Annual administration report of the Civil Veterinary Department of India - 1907-1908
Year: 1907
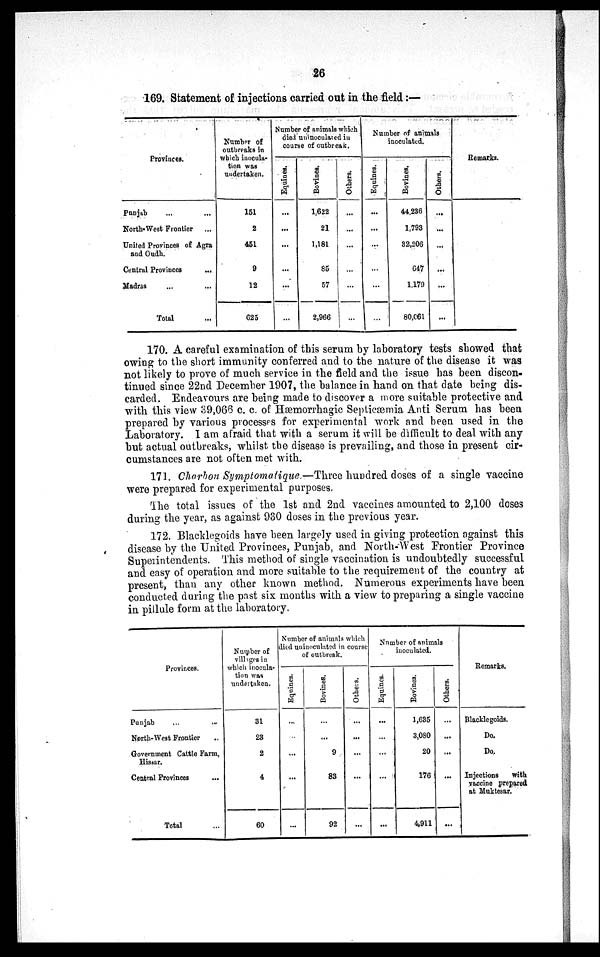
26
169. Statement of injections carried out in the field :—
Provinces.
Punjab ... ...
North-West Frontier ...
United Provinces of Agra
and Oudh.
Central Provinces
...
Madras ... ...
Total ...
Number of
outbreaks in
which inocula-
tion was
undertaken.
151
2
451
9
12
625
Number of animals which
died uninoculated in
course of outbreak.
Equines.
...
...
...
...
...
...
Bovines.
1,622
21
1,181
85
57
2,966
Others.
...
...
...
...
...
...
Number of animals
inoculated.
Equines.
...
...
...
...
...
...
Bovines.
44,236
1,793
32,206
647
1,179
80,061
Others.
...
...
...
...
...
...
Remarks.
170. A careful examination of this serum by laboratory tests showed that
owing to the short immunity conferred and to the nature of the disease it was
not likely to prove of much service in the field and the issue has been discon-
tinued since 22nd December 1907, the balance in hand on that date being dis-
carded. Endeavours are being made to discover a more suitable protective and
with this view 39,066 c. c. of Hemorrhagic Septicæmia Anti Serum has been
prepared by various processes for experimental work and been used in the
Laboratory. I am afraid that with a serum it will be difficult to deal with any
but actual outbreaks, whilst the disease is prevailing, and those in present cir-
cumstances are not often met with.
171. Charbon Symptomatique.—Three hundred doses of a single vaccine
were prepared for experimental purposes.
The total issues of the 1st and 2nd vaccines amounted to 2,100 doses
during the year, as against 930 doses in the previous year.
172. Blacklegoids have been largely used in giving protection against this
disease by the United Provinces, Punjab, and North-West Frontier Province
Superintendents. This method of single vaccination is undoubtedly successful
and easy of operation and more suitable to the requirement of the country at
present, than any other known method. Numerous experiments have been
conducted during the past six months with a view to preparing a single vaccine
in pillule form at the laboratory.
Provinces.
Punjab ... ...
North-West Frontier ..
Government Cattle Farm,
Hisaar.
Central Provinces ...
Total ...
Number of
villages in
which inocula-
tion was
undertaken.
31
23
2
4
60
Number of animals which
died uninoculated in course
of outbreak.
Equines.
...
...
...
...
...
Bovines.
...
...
9
83
92
Others.
...
...
...
...
...
Number of animals
inoculated.
Equines.
...
...
...
...
...
Bovines.
1,635
3,080
20
176
4,911
Others.
...
...
...
...
...
Remarks.
Blacklegoids.
Do.
Do.
Injections
with
vaccine prepared
at Muktesar.